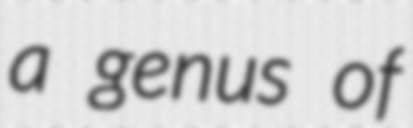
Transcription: a genus of